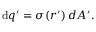
\mathrm { d } q ^ { \prime } = \sigma ( { \boldsymbol { r ^ { \prime } } } ) \, d A ^ { \prime } .